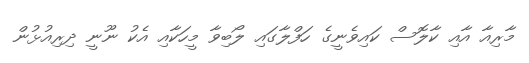
މާރިއާ އާއި ކާލޮސް ކައިވެނީގެ ހަފްލާގައި ލޯބިވާ މީހަކާއި އެކު ނޫނީ ދިރިއުޅުން